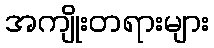
အကျိုးတရားများ